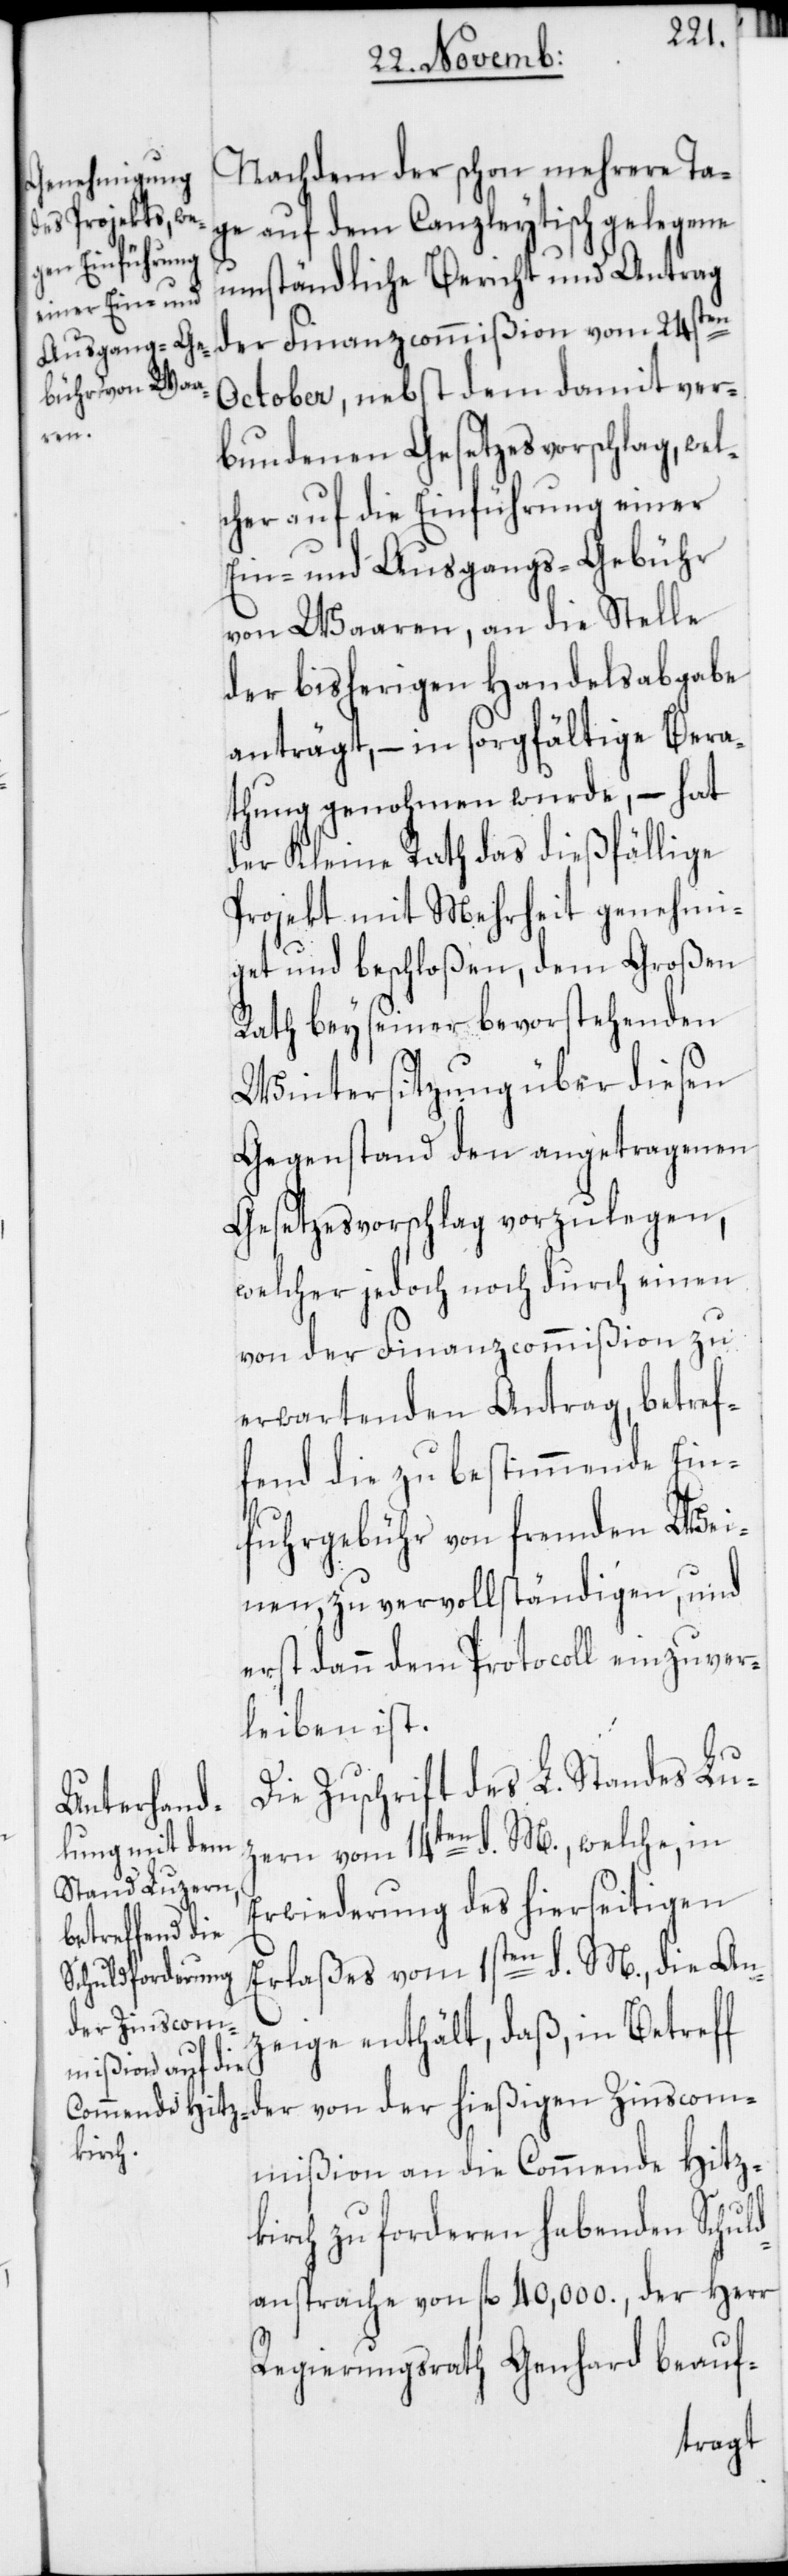
Nachdem der schon mehrere Ta¬
ge auf dem Canzleytisch gelegene
der hießig¬
umständliche Bericht und Antrag
der Finanzcommißion vom 24sten
October, nebst dem damit ver¬
von
bundenen Gesetzesvorschlag, wel¬
cher auf die Einführung einer
Ein- und Ausgangs-Gebühr
von Waaren, an die Stelle
der bisherigen Handelsabgabe
anträgt, – in sorgfältige Bera¬
thung genohmen wurde, – hat
der Kleine Rath das dießfällige
Projekt mit Mehrheit genehmi¬
get und beschloßen, dem Großen
Rath bey seiner bevorstehenden
Wintersitzung über diesen
Gegenstand den angetragenen
Gesetzesvorschlag vorzulegen,
welcher jedoch noch durch einen
von der Finanzcommißion zu
erwartenden Antrag, betref¬
fend die zu bestimmende Ein¬
fuhrgebühr von fremden Wei¬
nen, zu vervollständigen, und
erst dann dem Protocoll einzuver¬
leiben ist.
Die Zuschrift des L. Standes Lu¬
zern vom 14ten d. M., welche, in
Erwiederung des hierseitigen
Erlaßes vom 1sten d. M., die An¬
en Zinscom¬
zeige enthält, daß, in Betreff
mißion an die Commende Hitz¬
kirch zu forderen habenden Schuld¬
ansprache von fl. 40,000., der Herr
Regierungsrath Genhard beauf-